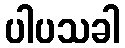
ပါပသခါ